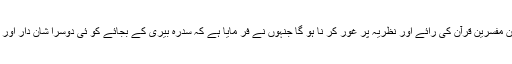
ان حقائق کی روشنی میں ان مفسرین قرآن کی رائے اور نظریہ پر غور کر نا ہو گا جنہوں نے فر مایا ہے کہ سدرہ بیری کے بجائے کو ئی دوسرا شان دار اور عمدہ درخت ہو سکتا ہے ۔